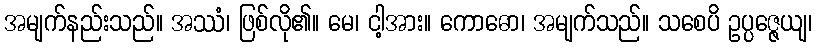
အမျက်နည်းသည်။ အဿံ၊ ဖြစ်လို၏။ မေ၊ ငါ့အား။ ကောဓော၊ အမျက်သည်။ သစေပိ ဥပ္ပဇ္ဇေယျ၊